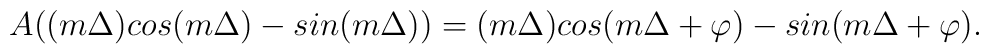
A ((m \Delta) cos(m \Delta)- sin(m \Delta))=(m \Delta) cos(m \Delta+ \varphi)-sin(m \Delta+ \varphi).